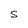
Character: S